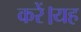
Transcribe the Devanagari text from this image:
करें।यह